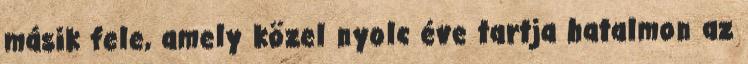
másik fele, amely közel nyolc éve tartja hatalmon az